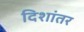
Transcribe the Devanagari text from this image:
दिशांतर